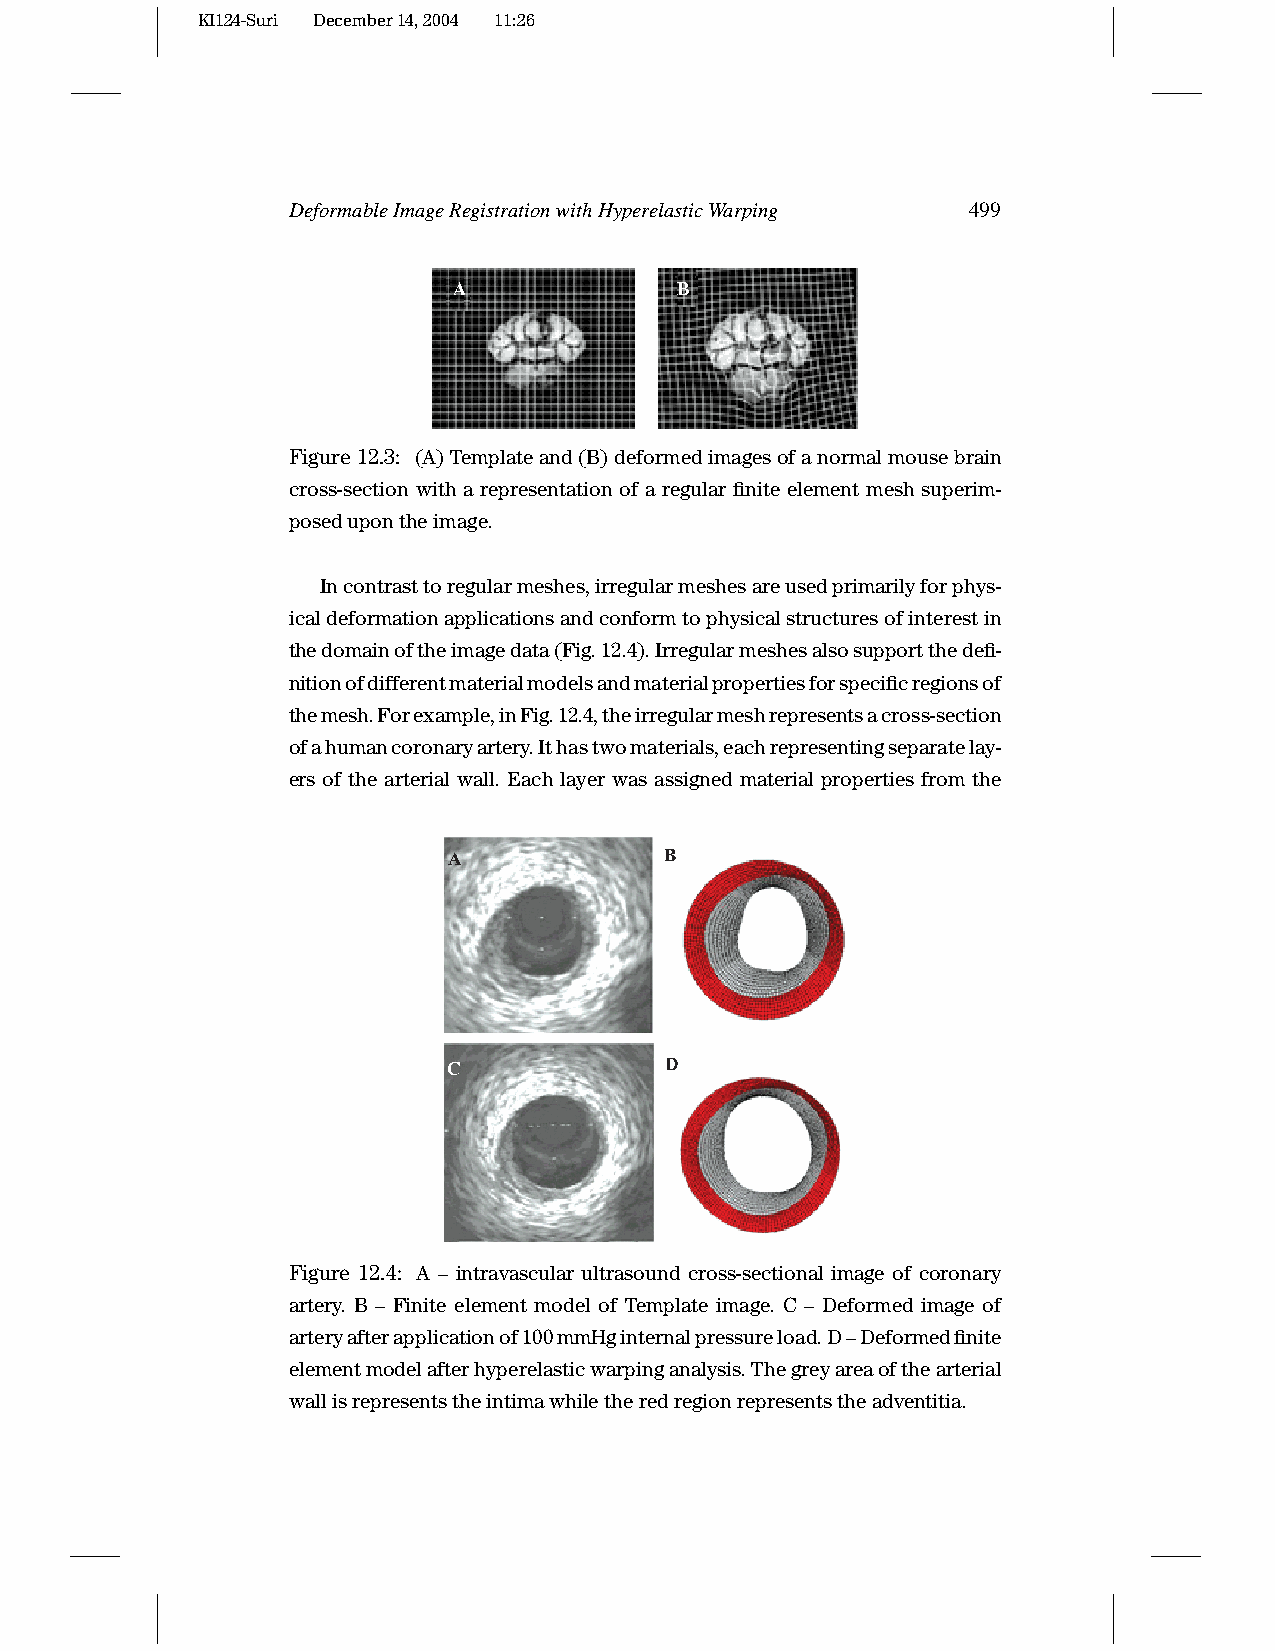
KI124-Suri December14,2004 11:26
 DeformableImageRegistrationwithHyperelasticWarping 499
 Figure12.3: (A)Templateand(B)deformedimagesofanormalmousebrain
 cross-section with a representation of a regular finite element mesh superim-
 posedupontheimage.
 Incontrasttoregularmeshes,irregularmeshesareusedprimarilyforphys-
 icaldeformationapplicationsandconformtophysicalstructuresofinterestin
 thedomainoftheimagedata(Fig.12.4).Irregularmeshesalsosupportthedefi-
 nitionofdifferentmaterialmodelsandmaterialpropertiesforspecificregionsof
 themesh.Forexample,inFig.12.4,theirregularmeshrepresentsacross-section
 ofahumancoronaryartery.Ithastwomaterials,eachrepresentingseparatelay-
 ers of the arterial wall. Each layer was assigned material properties from the
 Figure 12.4: A – intravascular ultrasound cross-sectional image of coronary
 artery. B – Finite element model of Template image. C – Deformed image of
 arteryafterapplicationof100mmHginternalpressureload.D–Deformedfinite
 elementmodelafterhyperelasticwarpinganalysis.Thegreyareaofthearterial
 wallisrepresentstheintimawhiletheredregionrepresentstheadventitia.